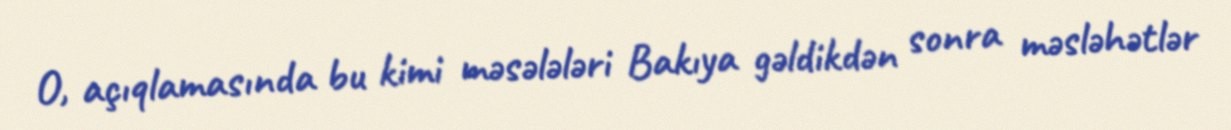
O, açıqlamasında bu kimi məsələləri Bakıya gəldikdən sonra məsləhətlər